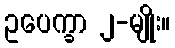
ဥပေက္ခာ ၂-မျိုး။